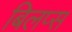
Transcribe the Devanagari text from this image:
बिलप्स